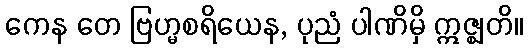
ကေန တေ ဗြဟ္မစရိယေန, ပုညံ ပါဏိမှိ ဣဇ္ဈတိ။